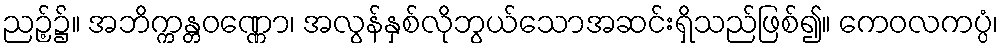
ညဉ့်၌။ အဘိက္ကန္တဝဏ္ဏော၊ အလွန်နှစ်လိုဘွယ်သောအဆင်းရှိသည်ဖြစ်၍။ ကေဝလကပ္ပံ၊